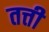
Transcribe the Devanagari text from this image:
तत्ती